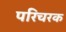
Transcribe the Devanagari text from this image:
परिचरक